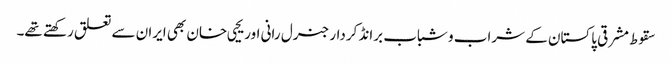
سقوط مشرقی پاکستان کے شراب و شباب برانڈ کردار جنرل رانی اور یحیی خان بھی ایران سے تعلق رکھتے تھے۔